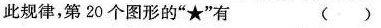
此规律，第20个图形的”★”有 ( )